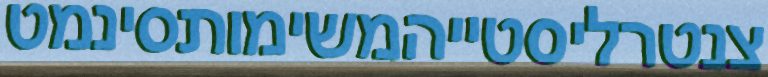
צנטרליסטייהמשימותסינמט